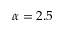
\alpha = 2 . 5